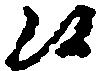
候